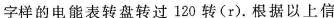
字样的电能表转盘转过120转(r)。根据以上信